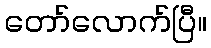
တော်လောက်ပြီ။